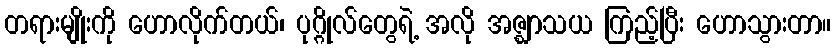
တရားမျိုးကို ဟောလိုက်တယ်၊ ပုဂ္ဂိုလ်တွေရဲ့ အလို အဇ္ဈာသယ ကြည့်ပြီး ဟောသွားတာ။